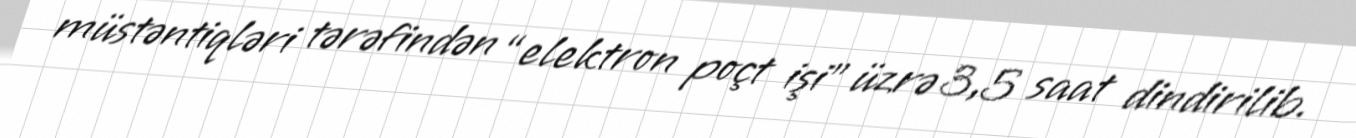
müstəntiqləri tərəfindən “elektron poçt işi” üzrə 3,5 saat dindirilib.